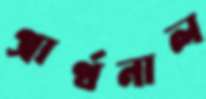
প্রার্থনাল